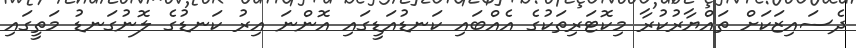
ދެސައިޒަކަށް ތައްޔާރުކުރާ މިކޮޓަރިތަކުގެ އެއްބައި ކަނޑުއަޑީގައި އޮންނަ އިރު ކަނޑުގެ ލޮނުގަނޑު މަތީގައި